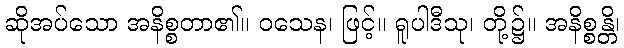
ဆိုအပ်သော အနိစ္စတာ၏။ ဝသေန၊ ဖြင့်။ ရူပါဒီသု၊ တို့၌။ အနိစ္စန္တိ၊